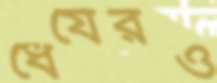
ধৈর্যেরও